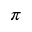
\boldsymbol { \pi }